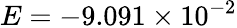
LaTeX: E=-9.091\times 10^{-2}